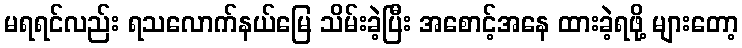
မရရင်လည်း ရသလောက်နယ်မြေ သိမ်းခဲ့ပြီး အစောင့်အနေ ထားခဲ့ရဖို့ များတော့